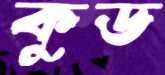
কুড